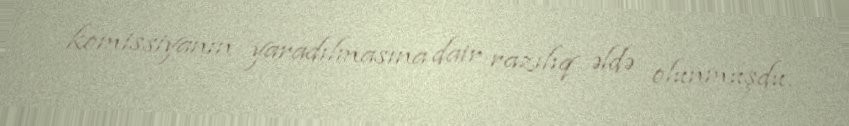
komissiyanın yaradılmasına dair razılıq əldə olunmuşdu.